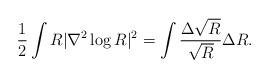
LaTeX: \begin{align*}\frac12 \int R |\nabla^2 \log R|^2 = \int \frac{\Delta \sqrt{R}}{\sqrt{R}} \Delta R.\end{align*}